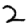
Digit: 2